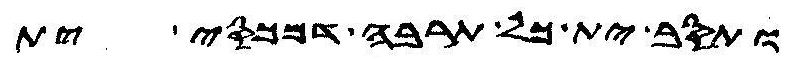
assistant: ותסב ית כל תרבה דמכסי ית